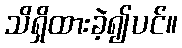
သိရှိထားခဲ့၍ပင်။